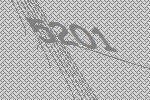
5201